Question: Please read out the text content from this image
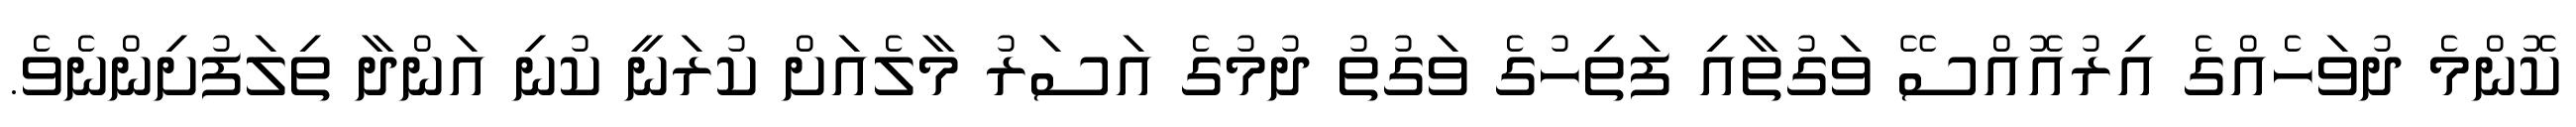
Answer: ކޮންމެ ދުވަހެއްގެ އިރުއޮއްސޭ ވަގުތާއި ފަތިހުގެ ވަގުތު ދުމުގެ އަސަރު މާލެއަށް ކުރަނީ ކުނި އަންދާ ތިލަފުށިންނެވެ.